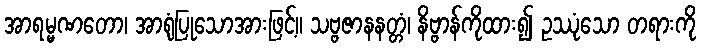
အာရမ္မဏတော၊ အာရုံပြုသောအားဖြင့်။ သဗ္ဗဇာနနတ္တံ၊ နိဗ္ဗာန်ကိုထား၍ ဥဿုံသော တရားကို